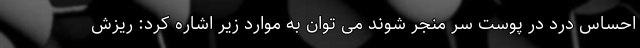
احساس درد در پوست سر منجر شوند می توان به موارد زیر اشاره کرد: ریزش